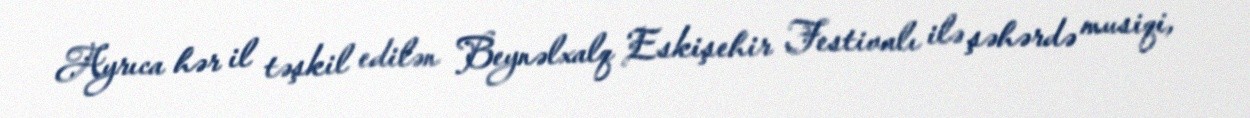
Ayrıca hər il təşkil edilən Beynəlxalq Eskişehir Festivalı ilə şəhərdə musiqi,